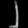
Digit: ၂